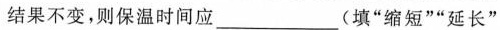
结果不变，则保温时间应___(填”缩短””延长”